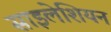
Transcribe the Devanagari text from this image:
साइलेशियन